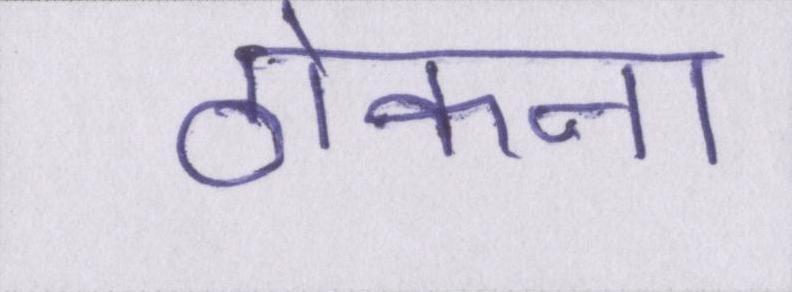
ठोकना